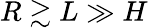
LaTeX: R\gtrsim L\gg H